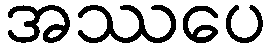
အဿပေ